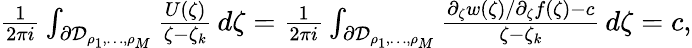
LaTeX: \begin{array}{r}{\frac{1}{2\pi i}\int_{\partial\mathcal{D}_{\rho_{1},\ldots,\rho_{M}}}\frac{U(\zeta)}{\zeta-\zeta_{k}}\, d\zeta=\frac{1}{2\pi i}\int_{\partial\mathcal{D}_{\rho_{1},\ldots,\rho_{M}}}\frac{\partial_{\zeta}w(\zeta)/\partial_{\zeta}f(\zeta)-c}{\zeta-\zeta_{k}}\, d\zeta=c,}\end{array}